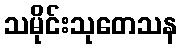
သမိုင်းသုတေသန